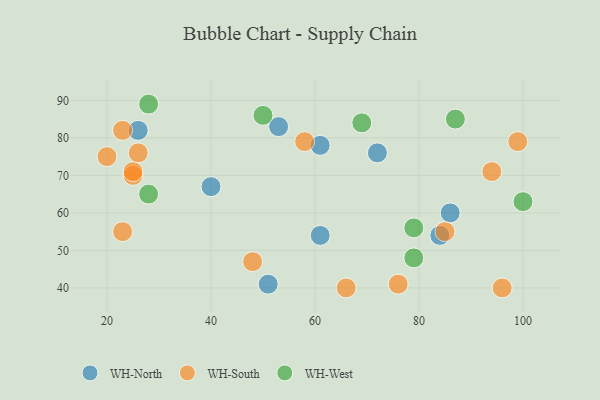
{"axis": {"x": "GDP", "y": "Life Expectancy"}, "legend": ["WH-North", "WH-South", "WH-West"], "data": [{"x": "51", "y": 41, "type": "WH-North"}, {"x": "61", "y": 54, "type": "WH-North"}, {"x": "40", "y": 67, "type": "WH-North"}, {"x": "72", "y": 76, "type": "WH-North"}, {"x": "53", "y": 83, "type": "WH-North"}, {"x": "86", "y": 60, "type": "WH-North"}, {"x": "84", "y": 54, "type": "WH-North"}, {"x": "61", "y": 78, "type": "WH-North"}, {"x": "26", "y": 82, "type": "WH-North"}, {"x": "25", "y": 70, "type": "WH-South"}, {"x": "96", "y": 40, "type": "WH-South"}, {"x": "23", "y": 82, "type": "WH-South"}, {"x": "58", "y": 79, "type": "WH-South"}, {"x": "20", "y": 75, "type": "WH-South"}, {"x": "99", "y": 79, "type": "WH-South"}, {"x": "23", "y": 55, "type": "WH-South"}, {"x": "48", "y": 47, "type": "WH-South"}, {"x": "85", "y": 55, "type": "WH-South"}, {"x": "25", "y": 71, "type": "WH-South"}, {"x": "76", "y": 41, "type": "WH-South"}, {"x": "94", "y": 71, "type": "WH-South"}, {"x": "66", "y": 40, "type": "WH-South"}, {"x": "26", "y": 76, "type": "WH-South"}, {"x": "28", "y": 89, "type": "WH-West"}, {"x": "69", "y": 84, "type": "WH-West"}, {"x": "50", "y": 86, "type": "WH-West"}, {"x": "79", "y": 48, "type": "WH-West"}, {"x": "79", "y": 56, "type": "WH-West"}, {"x": "28", "y": 65, "type": "WH-West"}, {"x": "100", "y": 63, "type": "WH-West"}, {"x": "87", "y": 85, "type": "WH-West"}]}